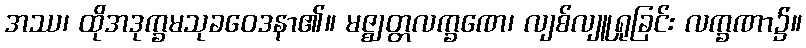
အဿ၊ ထိုအဒုက္ခမသုခဝေဒနာ၏။ မဇ္ဈတ္တလက္ခဏေ၊ လျစ်လျူရှုခြင်း လက္ခဏာ၌။